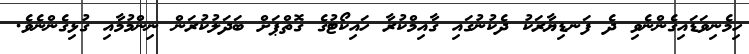
ހިމެނިވަޑައިގެންނެވި ދެ ފަނޑިޔާރަކު ދެކުނުގައި ގާއިމްކުރާ ހައިކޯޓުގެ ގޮތްޕަށް ބަދަލުކުރަން ނިންމުމާއި ގުޅިގެންނެވެ.